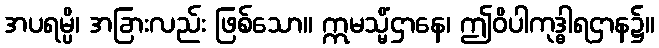
အပရမ္ပိ၊ အခြားလည်း ဖြစ်သော။ ဣမသ္မိံဌာနေ၊ ဤဝိပါကုဒ္ဓါရဌာန၌။